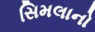
સિમલાનો